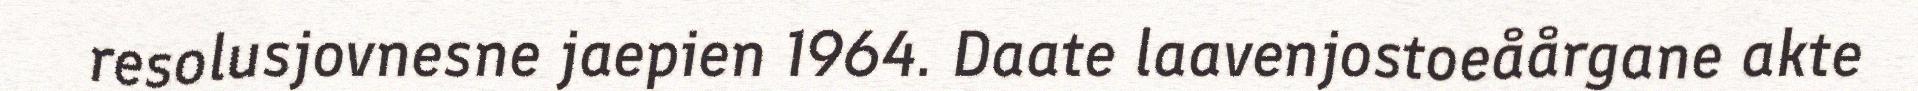
resolusjovnesne jaepien 1964. Daate laavenjostoeåårgane akte